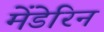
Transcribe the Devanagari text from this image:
मेंडेरिन